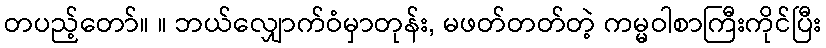
တပည့်တော်။ ။ ဘယ်လျှောက်ဝံမှာတုန်း, မဖတ်တတ်တဲ့ ကမ္မဝါစာကြီးကိုင်ပြီး